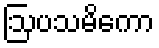
ဩပသမိကော